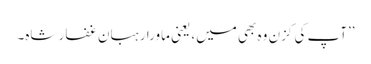
’’آپ کی کزن وہ بھی میں، یعنی ماورا رہبان غفار شاہ۔